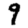
Digit: 9